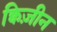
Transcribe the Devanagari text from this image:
क्विज़ीन